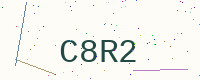
Text: C8R2